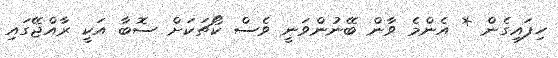
ހިފައިގެން * އެންމެ ވާން ބޭނުންވަނީ ވެސް ކޯޗަކަށް ސޮބާ އަކީ ރާއްޖޭގައި